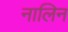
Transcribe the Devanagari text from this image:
नालिन